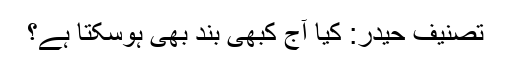
تصنیف حیدر: کیا آج کبھی بند بھی ہوسکتا ہے؟